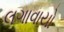
લગાવાયો